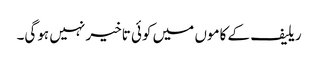
ریلیف کے کاموں میں کوئی تاخیر نہیں ہوگی۔